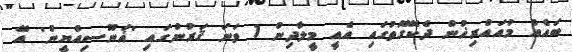
ބައެއް މުއައްރިޚުން ދެކޭގޮތުގައި އެއީ މީލާދިން 1 ވަނަ ޤަރުނުގައި 'ޣަނޫސިއްޔީން' އޭ